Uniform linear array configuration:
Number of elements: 8
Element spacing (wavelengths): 1
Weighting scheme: hann
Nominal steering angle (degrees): -60
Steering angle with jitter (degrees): -61.979
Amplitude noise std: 0.05
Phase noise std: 0.05

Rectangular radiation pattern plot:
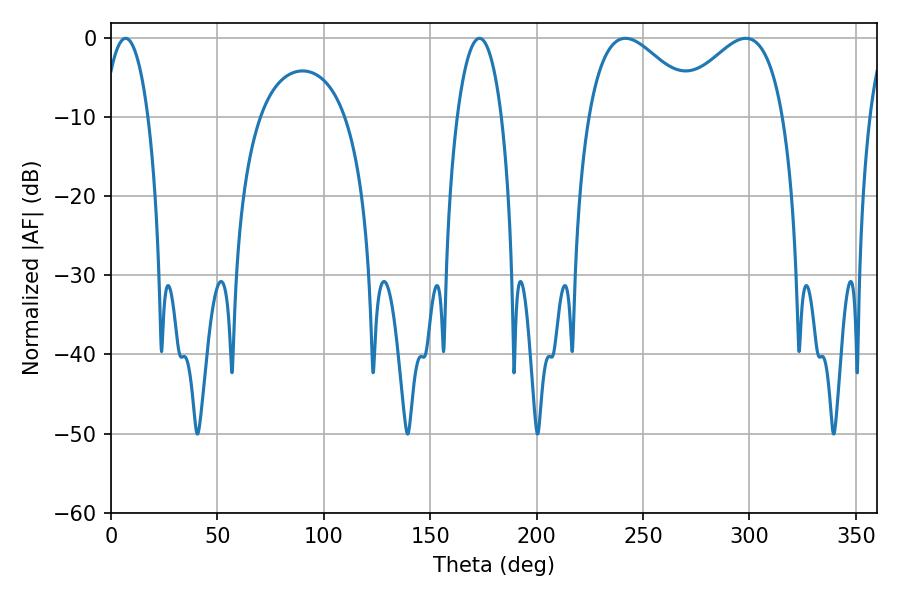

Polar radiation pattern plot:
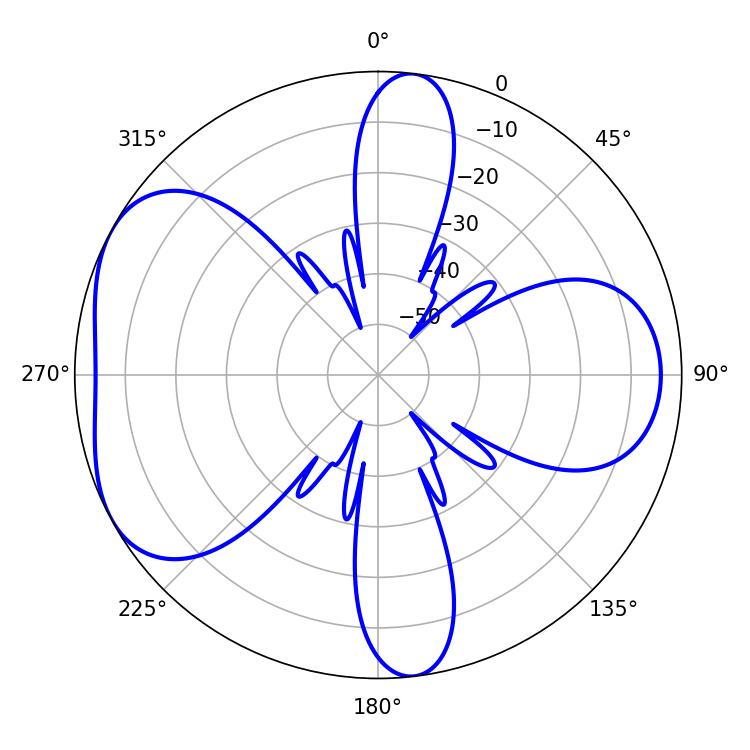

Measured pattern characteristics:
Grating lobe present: TRUE
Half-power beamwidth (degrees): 28.26
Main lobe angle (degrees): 241.74